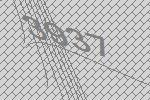
3937